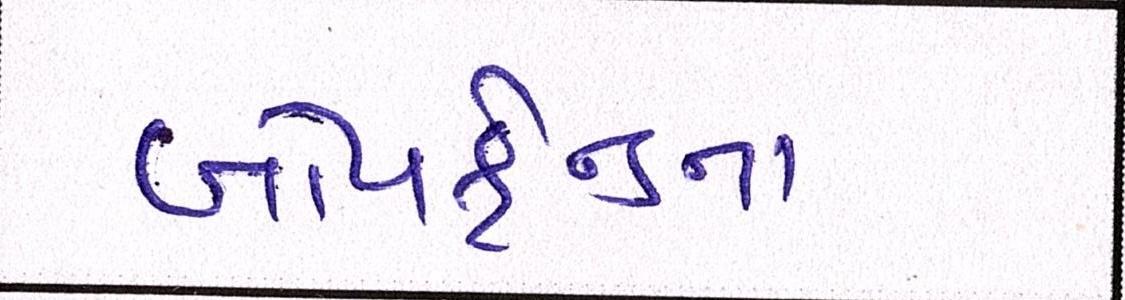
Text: બોયફ્રેન્ડના